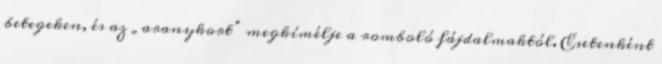
betegeken, és az „aranykort” megkímélje a romboló fájdalmaktól. Esetenként